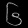
Digit: ၆